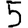
Digit: 5